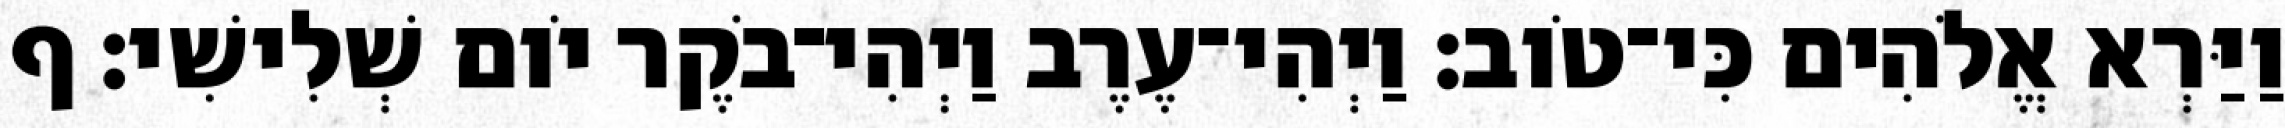
וַיַּרְא אֱלֹהִים כִּי־טֹוב׃ וַיְהִי־עֶרֶב וַיְהִי־בֹקֶר יֹום שְׁלִישִׁי׃ ף